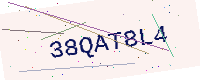
Text: 38QAT8L4